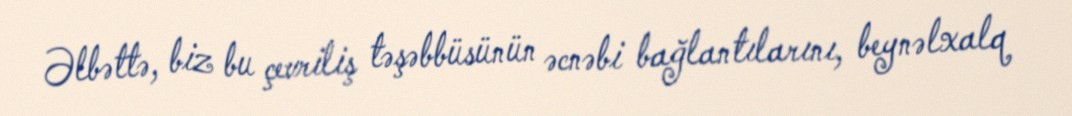
Əlbəttə, biz bu çevriliş təşəbbüsünün əcnəbi bağlantılarını, beynəlxalq